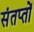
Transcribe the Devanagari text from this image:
संतप्तों